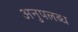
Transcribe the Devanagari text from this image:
अनुपलब्‍ध